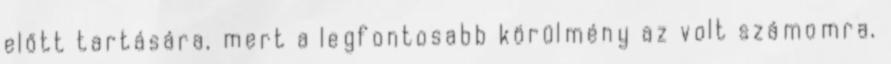
előtt tartására, mert a legfontosabb körülmény az volt számomra,